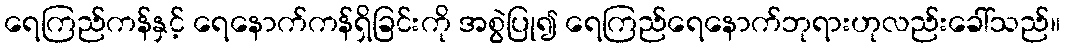
ရေကြည်ကန်နှင့် ရေနောက်ကန်ရှိခြင်းကို အစွဲပြု၍ ရေကြည်ရေနောက်ဘုရားဟုလည်းခေါ်သည်။